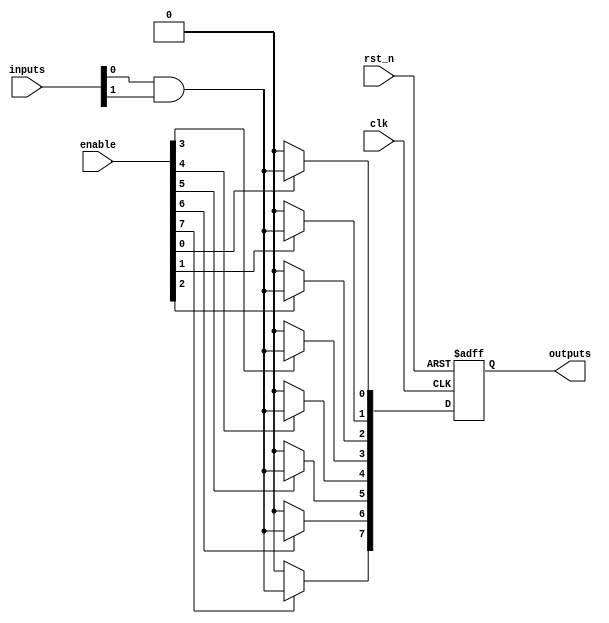
module RPAL #(
    parameter NUM_INPUTS = 8,      // Number of inputs
    parameter NUM_AND_GATES = 16,   // Number of AND gates
    parameter NUM_OUTPUTS = 8       // Number of outputs
)(
    input  wire clk,                         // Global clock signal
    input  wire rst_n,                       // Active-low reset
    input  wire [NUM_INPUTS-1:0] inputs,    // Input signals
    input  wire [NUM_AND_GATES-1:0] enable, // Enables for AND gates
    output reg [NUM_OUTPUTS-1:0] outputs    // Registered outputs
);

    // Internal signals for AND gates
    wire [NUM_AND_GATES-1:0] and_out; // Outputs from AND gates

    // Programmable AND array configuration
    genvar i;
    generate
        for (i = 0; i < NUM_AND_GATES; i = i + 1) begin : and_gates
            // Each AND gate can be programmed as needed
            // Here we use enable signals to simulate programmable connections
            assign and_out[i] = (enable[i]) ? (inputs[0] & inputs[1]) : 1'b0; // Example with fixed inputs for simplicity
            // In reality, inputs can be dynamically selected based on programming.
        end
    endgenerate

    // Registers to store outputs
    always @(posedge clk or negedge rst_n) begin
        if (!rst_n) begin
            outputs <= 0; // Reset outputs
        end else begin
            // Register the outputs from AND gates
            outputs <= and_out[NUM_OUTPUTS-1:0]; // Capture the first NUM_OUTPUTS AND gate outputs
        end
    end

endmodule